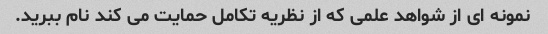
نمونه ای از شواهد علمی که از نظریه تکامل حمایت می کند نام ببرید.